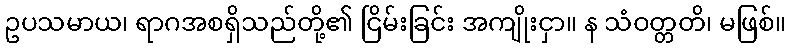
ဥပသမာယ၊ ရာဂအစရှိသည်တို့၏ ငြိမ်းခြင်း အကျိုးငှာ။ န သံဝတ္တတိ၊ မဖြစ်။